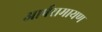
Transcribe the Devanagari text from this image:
आर्षरामायण